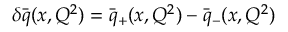
\delta \bar { q } ( x , Q ^ { 2 } ) = \bar { q } _ { + } ( x , Q ^ { 2 } ) - \bar { q } _ { - } ( x , Q ^ { 2 } )